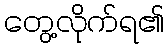
တွေ့လိုက်ရ၏